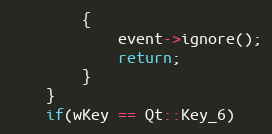
Language: C++
        {
            event->ignore();
            return;
        }
    }
    if(wKey == Qt::Key_6)